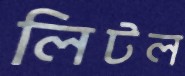
লিটল